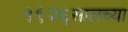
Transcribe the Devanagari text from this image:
१९२६सालच्या